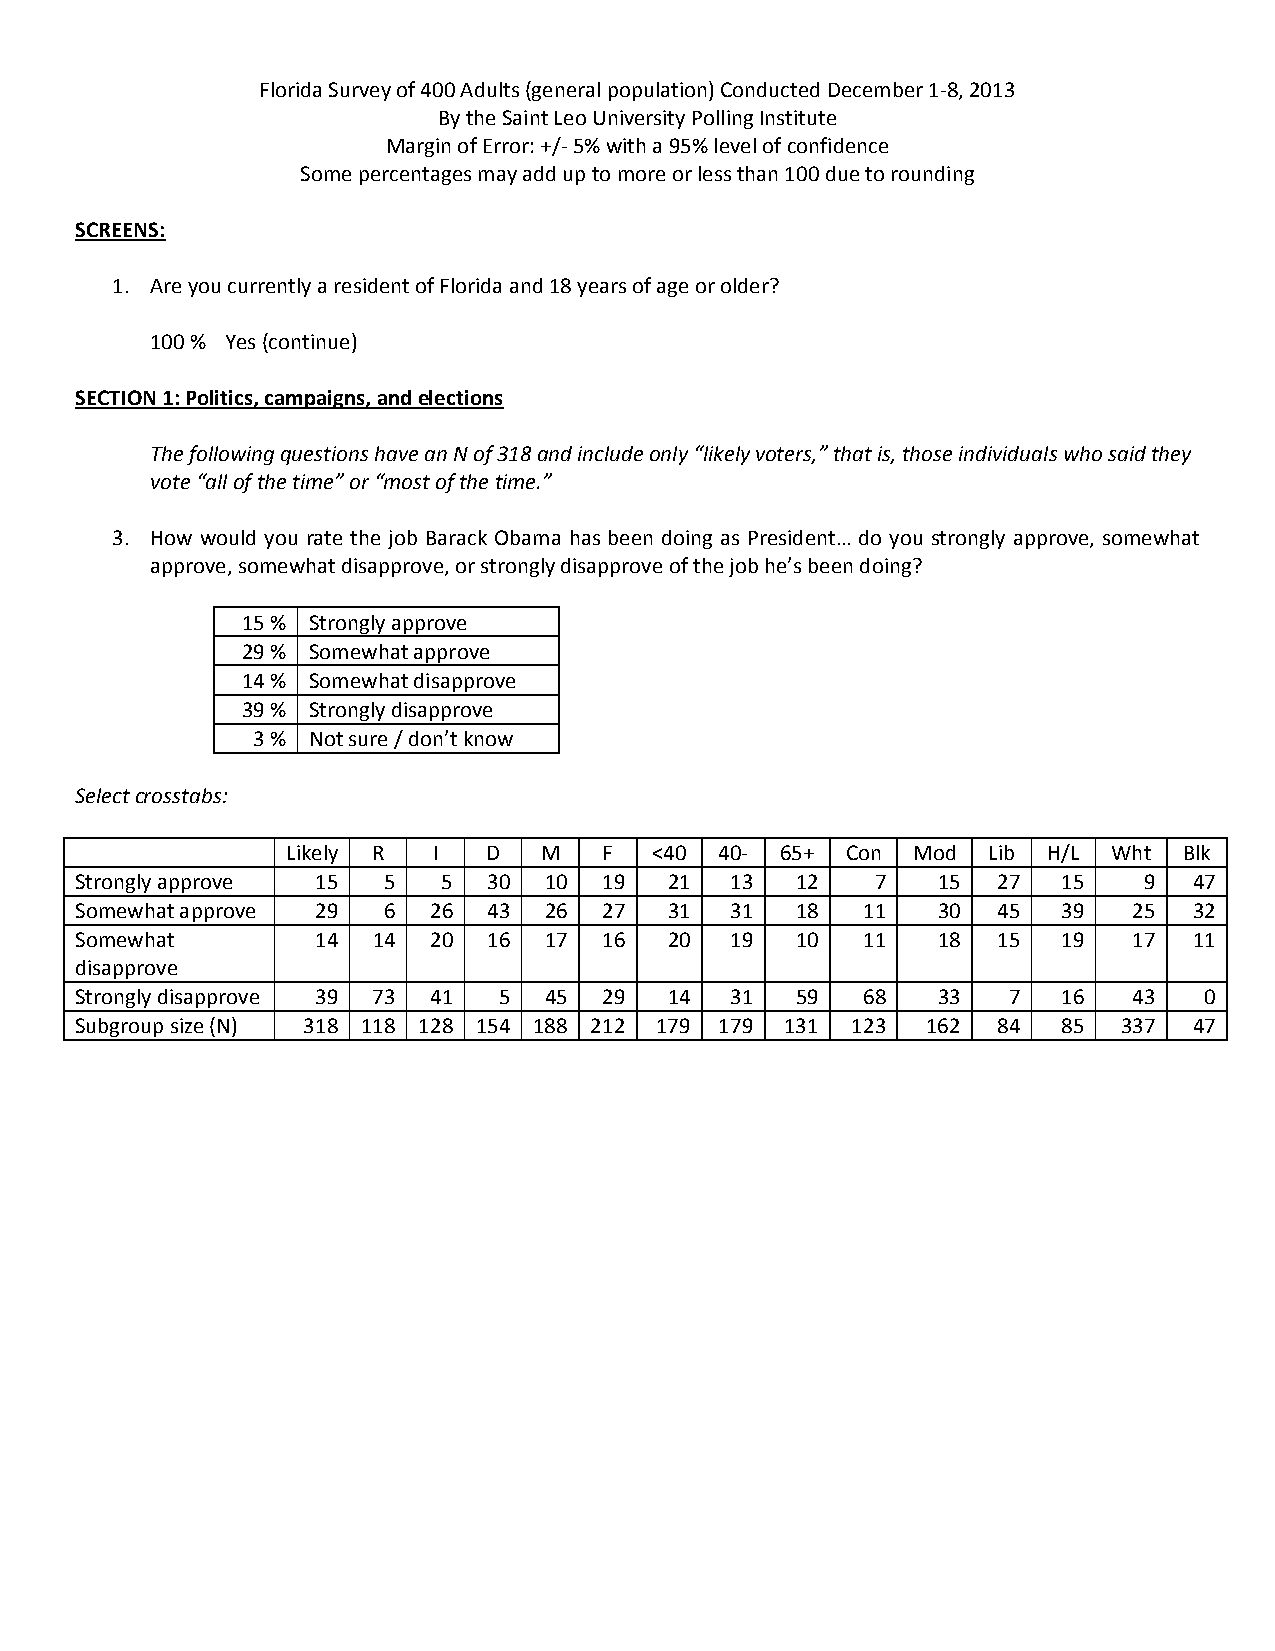
Florida Survey of 400 Adults (general population) Conducted December 1‐8, 2013
 By the Saint Leo University Polling Institute
 Margin of Error: +/‐ 5% with a 95% level of confidence
 Some percentages may add up to more or less than 100 due to rounding
 SCREENS:
 1. Are you currently a resident of Florida and 18 years of age or older?
 100 % Yes (continue)
 SECTION 1: Politics, campaigns, and elections
 The following questions have an N of 318 and include only “likely voters,” that is, those individuals who said they
 vote “all of the time” or “most of the time.”
 3. How would you rate the job Barack Obama has been doing as President… do you strongly approve, somewhat
 approve, somewhat disapprove, or strongly disapprove of the job he’s been doing?
 15 % Strongly approve
 29 % Somewhat approve
 14 % Somewhat disapprove
 39 % Strongly disapprove
 3 % Not sure / don’t know
 Select crosstabs:
 Likely R  I  D   M   F  <40  40‐ 65+ Con Mod  Lib H/L  Wht Blk
 Strongly approve 15 5   5  30  10  19  21  13   12   7   15  27  15    9  47
 Somewhat approve 29 6  26  43  26  27  31  31   18  11   30  45  39   25  32
 Somewhat        14  14 20  16  17  16  20  19   10  11   18  15  19   17  11
 disapprove
 Strongly disapprove 39 73 41 5 45  29  14  31   59  68   33   7  16   43   0
 Subgroup size (N) 318 118 128 154 188 212 179 179 131 123 162 84 85  337  47